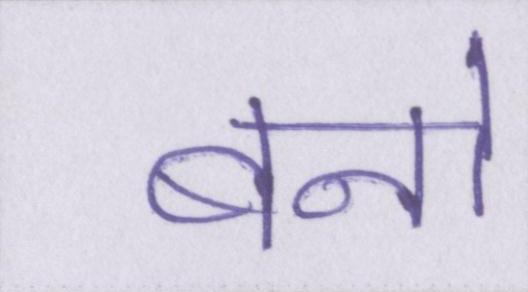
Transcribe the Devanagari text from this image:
बनो